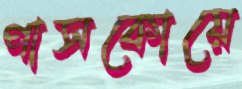
পাসকোয়ে